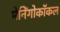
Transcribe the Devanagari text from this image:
मेनिंगोकॉकल